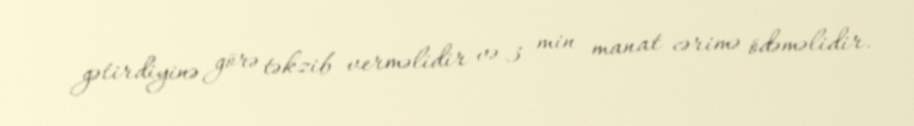
gətirdiyinə görə təkzib verməlidir və 3 min manat cərimə ödəməlidir.